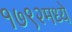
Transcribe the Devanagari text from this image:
१७९२मध्ये